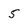
Character: 5